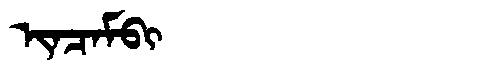
Manchu: ᡳᠨᠴᠠᠮᠪᡳ
Romanization: INCAMBI